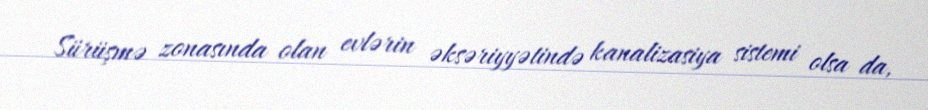
Sürüşmə zonasında olan evlərin əksəriyyətində kanalizasiya sistemi olsa da,